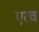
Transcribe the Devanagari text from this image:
एरच